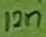
Text: 12n